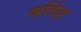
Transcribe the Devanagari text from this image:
जतिंद्र